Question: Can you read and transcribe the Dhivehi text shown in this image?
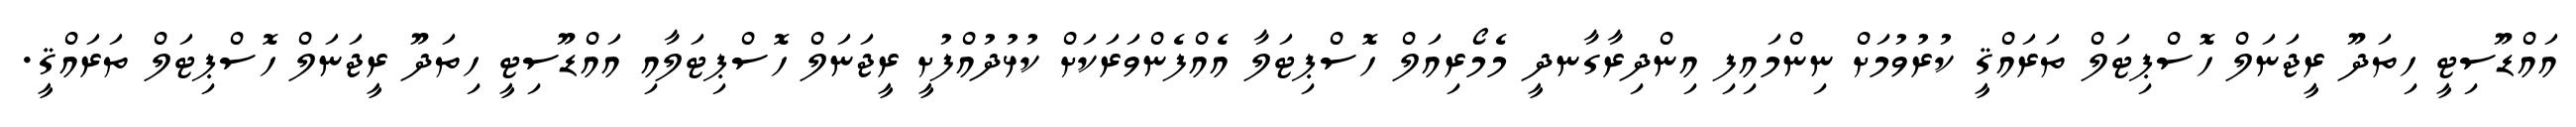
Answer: އައްޑޫސިޓީ ހިތަދޫ ރީޖަނަލް ހޮސްޕިޓަލް ތަރައްޤީ ކުރުވުމަށް ނިންމައިފި އިންދިރާގާނދީ މެމޯރިއަލް ހޮސްޕިޓަލާ އެއްފެންވަރަކަށް ކުޅުދުއްފުށީ ރީޖަނަލް ހޮސްޕިޓަލާއި އައްޑޫސިޓީ ހިތަދޫ ރީޖަނަލް ހޮސްޕިޓަލް ތަރައްޤީ.